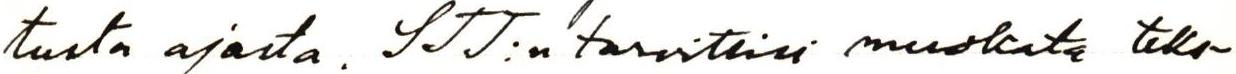
tusta ajasta. STT:n tarvitsisi muokata teks-